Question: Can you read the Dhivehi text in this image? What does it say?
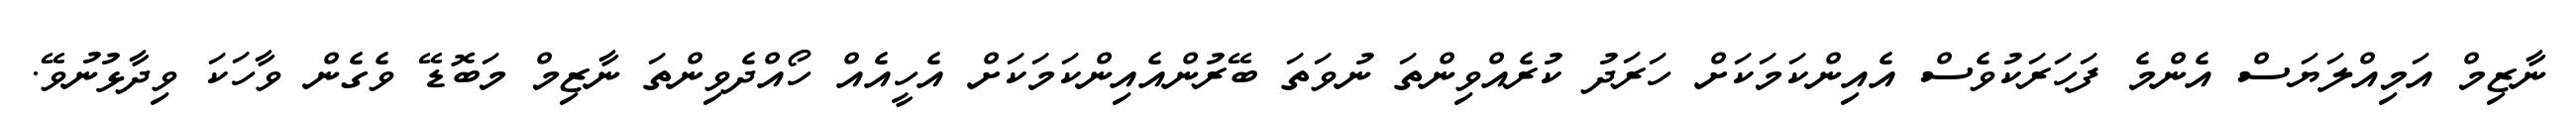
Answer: ނާޒިމް އަމިއްލަޔަސް އެންމެ ފަހަރަކުވެސް އެއިންކަމަކަށް ހަރަދު ކުރެއްވިންތަ ނުވަތަ ބޭރުންއެއިންކަމަކަށް އެހީއެއް ހޯއްދެވިންތަ ނާޒިމް މަބޮޑޭ ވެގެން ވާހަކަ ވިދާޅުނުވޭ.